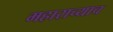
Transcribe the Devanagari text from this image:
महाराच्याच